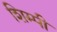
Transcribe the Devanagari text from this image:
शिम्पी